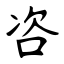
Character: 咨